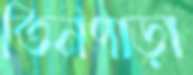
তিনপাড়া